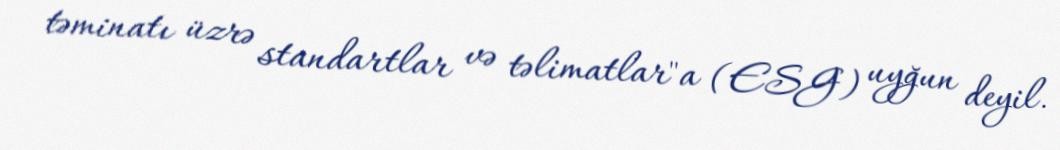
təminatı üzrə standartlar və təlimatlar"a (ESG) uyğun deyil.